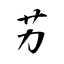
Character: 艻